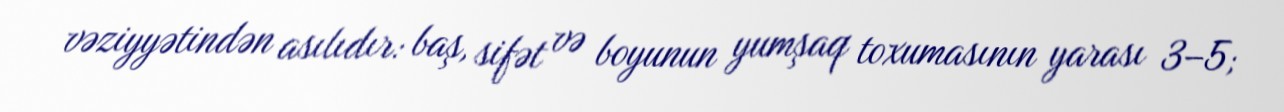
vəziyyətindən asılıdır: baş, sifət və boyunun yumşaq toxumasının yarası 3–5;